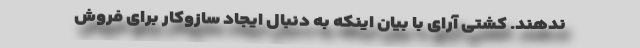
ندهند. کشتی ‌آرای با بیان اینکه به دنبال ایجاد سازوکار برای فروش